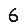
Digit: 6